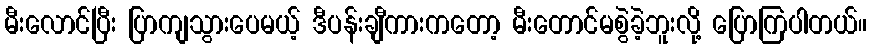
မီးလောင်ပြီး ပြာကျသွားပေမယ့် ဒီပန်းချီကားကတော့ မီးတောင်မစွဲခဲ့ဘူးလို့ ပြောကြပါတယ်။